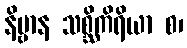
နိဗ္ဗာန သစ္ဆိကိရိယာ စ၊